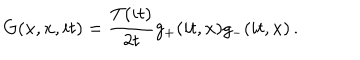
G ( x , x , i t ) = \frac { T ( i t ) } { 2 t } g _ { + } ( i t , x ) g _ { - } ( i t , x ) \, .